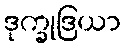
ဒုက္ခုဒြယာ